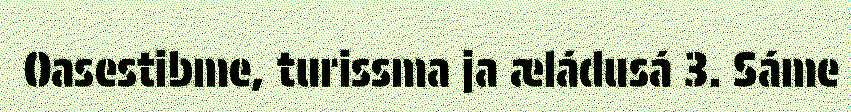
Oasestibme, turissma ja æládusá 3. Sáme